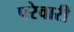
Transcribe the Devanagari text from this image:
परेवारी